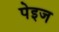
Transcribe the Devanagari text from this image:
पेइज